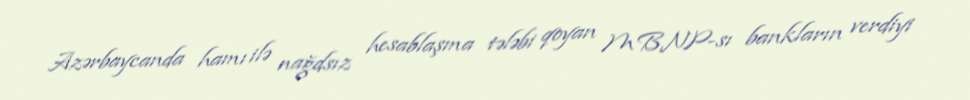
Azərbaycanda hamı ilə nağdsız hesablaşma tələbi qoyan MBNP-sı bankların verdiyi